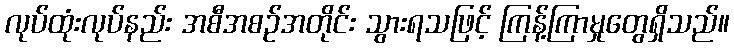
လုပ်ထုံးလုပ်နည်း အစီအစဉ်အတိုင်း သွားရသဖြင့် ကြန့်ကြာမှုတွေရှိသည်။